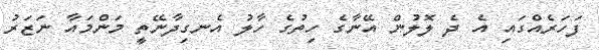
ފަހަރެއްގައި އެ ދެ ލޮލުން އޭނާގެ ހިތުގެ ހާލު އެނގިދާނޭތީ މަންމައާ ނަޒަރު